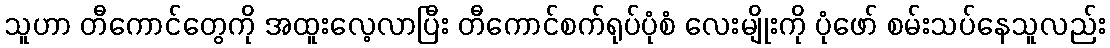
သူဟာ တီကောင်တွေကို အထူးလေ့လာပြီး တီကောင်စက်ရုပ်ပုံစံ လေးမျိုးကို ပုံဖော် စမ်းသပ်နေသူလည်း